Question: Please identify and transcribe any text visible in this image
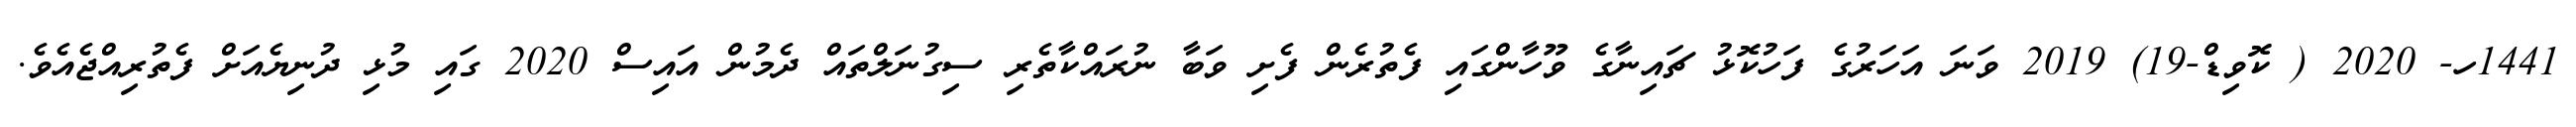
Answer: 1441ހ- 2020 ( ކޮވިޑް-19) 2019 ވަނަ އަހަރުގެ ފަހުކޮޅު ޗައިނާގެ ވޫހާންގައި ފެތުރެން ފެށި ވަބާ ނުރައްކާތެރި ސިގުނަލްތައް ދެމުން އައިސް 2020 ގައި މުޅި ދުނިޔެއަށް ފެތުރިއްޖެއެވެ.